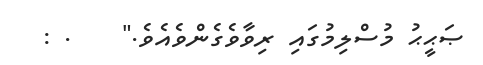
ޞަޙީޙު މުސްލިމުގައި ރިވާވެގެންވެއެވެ."    . :